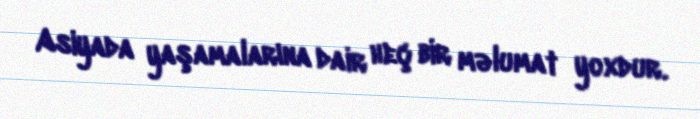
Asiyada yaşamalarına dair heç bir məlumat yoxdur.